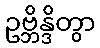
ဥဗ္ဘိန္ဒိတွာ